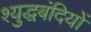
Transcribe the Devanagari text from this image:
श्युद्धबंदियों